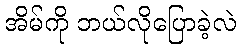
အိမ်ကို ဘယ်လိုပြောခဲ့လဲ